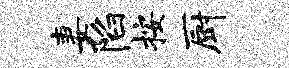
妻陷按厨